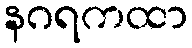
နဂရကထာ